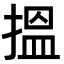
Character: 搵